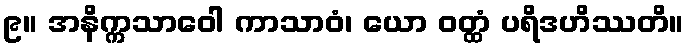
၉။ အနိက္ကသာဝေါ ကာသာဝံ၊ ယော ဝတ္ထံ ပရိဒဟိဿတိ။